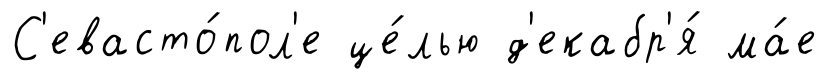
С'евасто́пол'е це́лью д'екабр'я́ ма́е